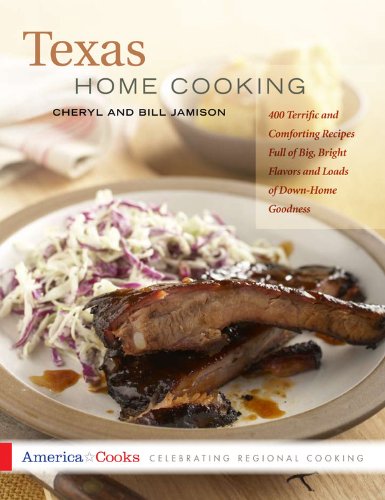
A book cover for Texas Home Cooking: 400 Terrific and Comforting Recipes Full of Big, Bright Flavors and Loads of Down-Home Goodness (America Cooks); Cheryl Alters Jamison; Cookbooks, Food & Wine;